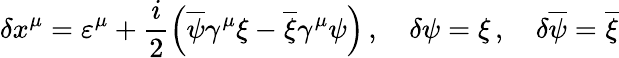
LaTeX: \delta x^{\mu}=\varepsilon^{\mu}+\frac{i}{2}\left(\overline{{{\psi}}}\gamma^{\mu}\xi-\overline{{{\xi}}}\gamma^{\mu}\psi\right)\, ,\quad\delta\psi=\xi\, ,\quad\delta\overline{{{\psi}}}=\overline{{{\xi}}}